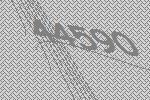
44590